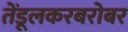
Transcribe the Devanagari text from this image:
तेंडूलकरबरोबर